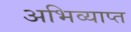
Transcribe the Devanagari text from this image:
अभिव्याप्त